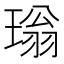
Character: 𮴫